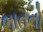
ભાતનો